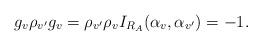
LaTeX: \begin{align*}g_{v}\rho_{v'}g_{v}=\rho_{v'}\rho_{v}I_{R_A}(\alpha_{v},\alpha_{v'})= -1.\end{align*}